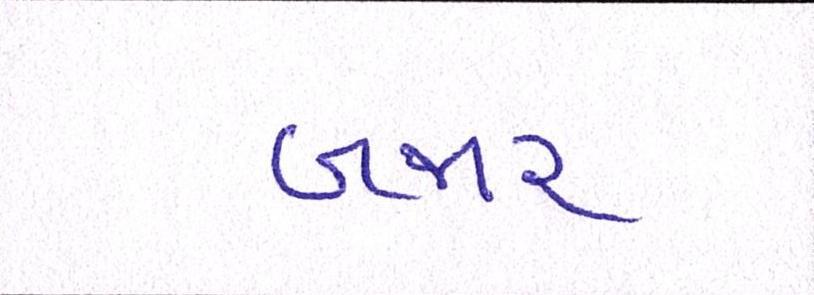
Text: બજાર